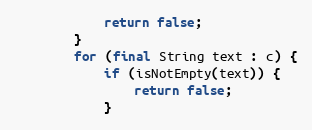
Language: Java
            return false;
        }
        for (final String text : c) {
            if (isNotEmpty(text)) {
                return false;
            }